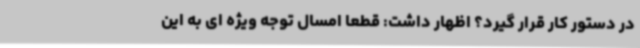
در دستور کار قرار گیرد؟ اظهار داشت: قطعا امسال توجه ویژه ای به این